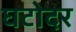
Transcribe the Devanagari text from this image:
घटोदर